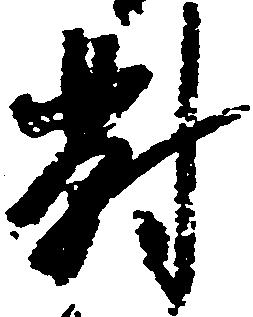
対